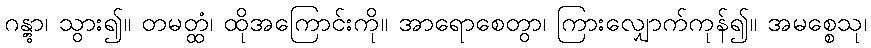
ဂန္တွာ၊ သွား၍။ တမတ္ထံ၊ ထိုအကြောင်းကို။ အာရောစေတွာ၊ ကြားလျှောက်ကုန်၍။ အမစ္စေသု၊